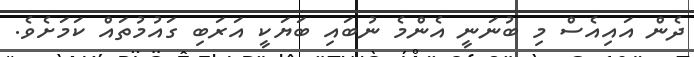
ދެން އައިއެސް މި ބުނަނީ އެންމެ ނުބައި ބަޔަކީ އަރަބި ގައުމުތައް ކަމަށެވެ.